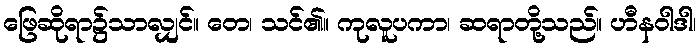
ဖြေဆိုရာ၌သာလျှင်။ တေ၊ သင်၏။ ကုလူပကာ၊ ဆရာတို့သည်။ ဟီနဝါဒါ၊